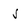
Character: j